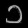
Digit: ၁